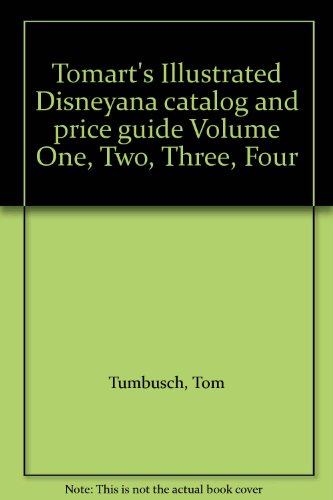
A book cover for Tomart's Illustrated Disneyana catalog and price guide Volume One, Two, Three, Four; Tom Tumbusch; Crafts, Hobbies & Home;